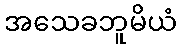
အသေခဘူမိယံ